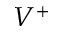
V ^ { + }